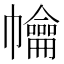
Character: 𢅹